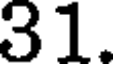
31.